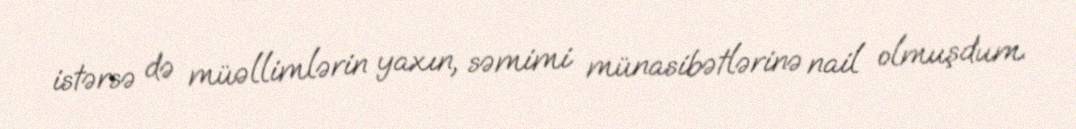
istərsə də müəllimlərin yaxın, səmimi münasibətlərinə nail olmuşdum.